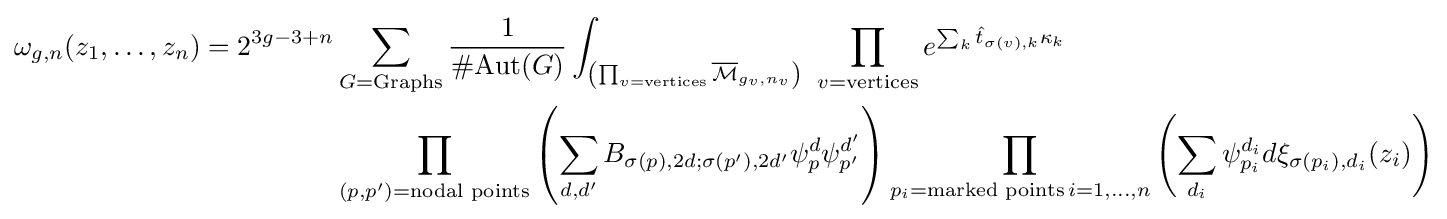
{\begin{aligned}\omega _{g,n}(z_{1},\dots ,z_{n})=2^{3g-3+n}&\sum _{G={\text{Graphs}}}{\frac {1}{\#{\text{Aut}}(G)}}\int _{\left(\prod _{v={\text{vertices}}}{\overline {\mathcal {M}}}_{g_{v},n_{v}}\right)}\,\,\prod _{v={\text{vertices}}}e^{\sum _{k}{\hat {t}}_{\sigma (v),k}\kappa _{k}}\\&\prod _{(p,p')={\text{nodal points}}}\left(\sum _{d,d'}B_{\sigma (p),2d;\sigma (p'),2d'}\psi _{p}^{d}\psi _{p'}^{d'}\right)\prod _{p_{i}={\text{marked points}}\,i=1,\dots ,n}\left(\sum _{d_{i}}\psi _{p_{i}}^{d_{i}}d\xi _{\sigma (p_{i}),d_{i}}(z_{i})\right)\end{aligned}}